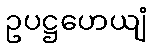
ဥပဋ္ဌဟေယျံ